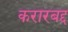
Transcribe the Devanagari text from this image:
करारबद्द